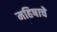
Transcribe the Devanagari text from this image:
महिषाचे